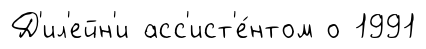
Д'ил'ейн'и асс'ист'е́нтом о 1991